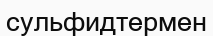
сульфидтермен